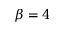
\beta = 4